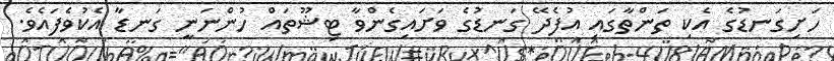
ހަށިގަނޑުގެ އެކި ތަންތާގައި އުފެދޭ ގަނޑުގެ ވަށައިގެންވާ ޓިޝޫތައް ހުންނަނީ ގަނޑާ އެކުވެފައެވެ.